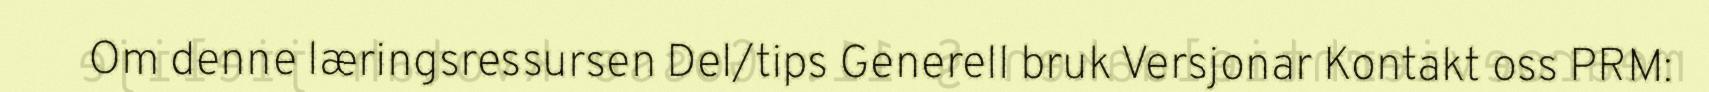
Om denne læringsressursen Del/tips Generell bruk Versjonar Kontakt oss PRM: